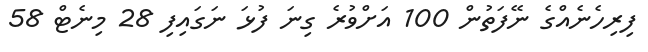
ފިރިހެނެއްގެ ނޭފަތުން 100 އަށްވުރެ ގިނަ ފުޅަ ނަގައިފި 28 މިނެޓް 58